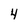
Character: 4